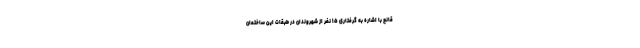
قانع با اشاره به گرفتاری ۱۵ نفر از شهروندان در طبقات این ساختمان